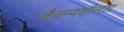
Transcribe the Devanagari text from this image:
चैतन्यशीलता